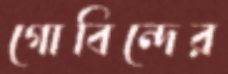
গোবিন্দের